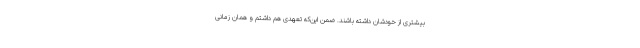
بیشتری از خودشان داشته باشند. ضمن این‌که تعهدی هم داشتم و همان زمانی